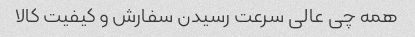
همه چی عالی سرعت رسیدن سفارش و کیفیت کالا